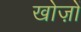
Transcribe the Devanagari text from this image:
खोज़ों